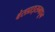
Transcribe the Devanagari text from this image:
बेसप्राइसमधून